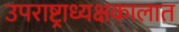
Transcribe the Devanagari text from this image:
उपराष्ट्राध्यक्षकालात